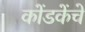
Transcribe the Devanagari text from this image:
कोंडकेंचे